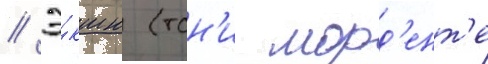
// Э́кшн (тон'и морд'ент'е